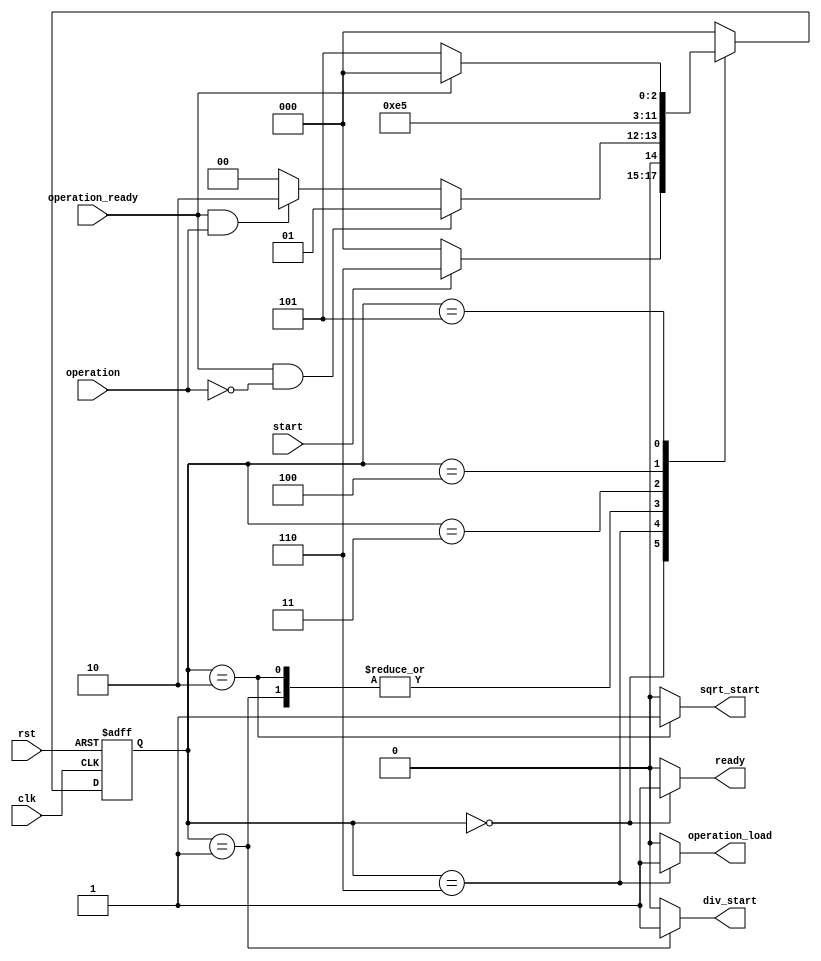
module FPU_CU(clk, rst, operation, operation_ready, start, operation_load, sqrt_start, div_start, ready);
	input clk, rst, operation, start, operation_ready;
	output reg operation_load, sqrt_start, div_start, ready;

	reg [2 : 0] ps, ns;
	parameter IDLE = 0, RUN_DIV = 1, RUN_SQRT = 2, WAIT0 = 3, WAIT1 = 4, WAIT2 = 5, LOAD = 6;

	always @(posedge clk, posedge rst) begin
		if (rst) ps <= IDLE;
		else ps <= ns;
	end

	always @(ps) begin
		{operation_load, sqrt_start, div_start, ready} = 4'b0;
		case (ps)
			IDLE : begin
				ready = 1'b1;
			end
			LOAD: begin
				operation_load = 1'b1;
			end
			RUN_DIV : begin
				div_start = 1'b1;
			end
			// CU does not issue any signal in WAIT states
			RUN_SQRT : begin
				sqrt_start = 1'b1;
			end
			default : {operation_load, sqrt_start, div_start, ready} = 4'b0;
		endcase
	end

	always @(ps, operation, operation_ready, start) begin
		ns = IDLE;
		case (ps)
			IDLE : ns = (start) ? LOAD : IDLE;
			LOAD : ns = (operation_ready & ~operation) ? RUN_DIV : ((operation_ready & operation) ? RUN_SQRT : IDLE);
			RUN_DIV : ns = WAIT0;
			RUN_SQRT : ns = WAIT0;
			WAIT0 : ns = WAIT1;
			WAIT1 : ns = WAIT2;
			WAIT2 : ns = (operation_ready) ? IDLE : WAIT2;
			default: ns = IDLE;
		endcase
	end

endmodule